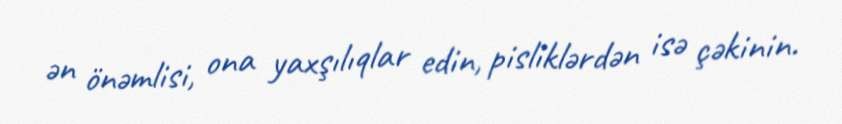
ən önəmlisi, ona yaxşılıqlar edin, pisliklərdən isə çəkinin.